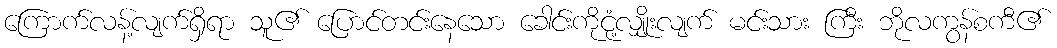
ကြောက်လန့်လျက်ရှိရာ သူ၏ ပြောင်တင်းနေသော ခေါင်းကိုငုံ့လျှိုးလျက် မင်းသား ကြီး ဘိုလကွန်စကီ၏